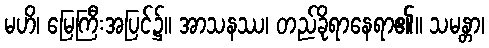
မဟိ၊ မြေကြီးအပြင်၌။ အာသနဿ၊ တည်ခိုရာနေရာ၏။ သမန္တာ၊